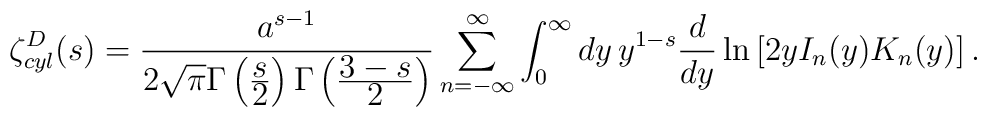
\zeta_{cyl}^{D}(s)=\frac{a^{s-1}}{2\sqrt{\pi}\Gamma\left(\frac{\displaystyle s}{\displaystyle 2}\right)\Gamma\left(\frac{\displaystyle 3-s}{\displaystyle 2}\right)}\sum\limits_{n=-\infty}^{\infty}\int_{0}^{\infty}dy\, y^{1-s}\frac{d}{dy}\ln\left[2y I_n(y) K_n(y)\right].